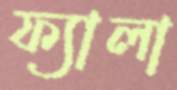
ফ্যালা